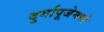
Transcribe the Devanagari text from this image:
दुर्गापूजेमध्ये